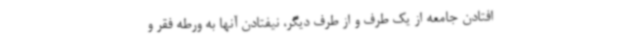
افتادن جامعه از یک طرف و از طرف دیگر، نیفتادن آنها به ورطه فقر و